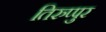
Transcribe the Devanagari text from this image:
तिरुप्पुर